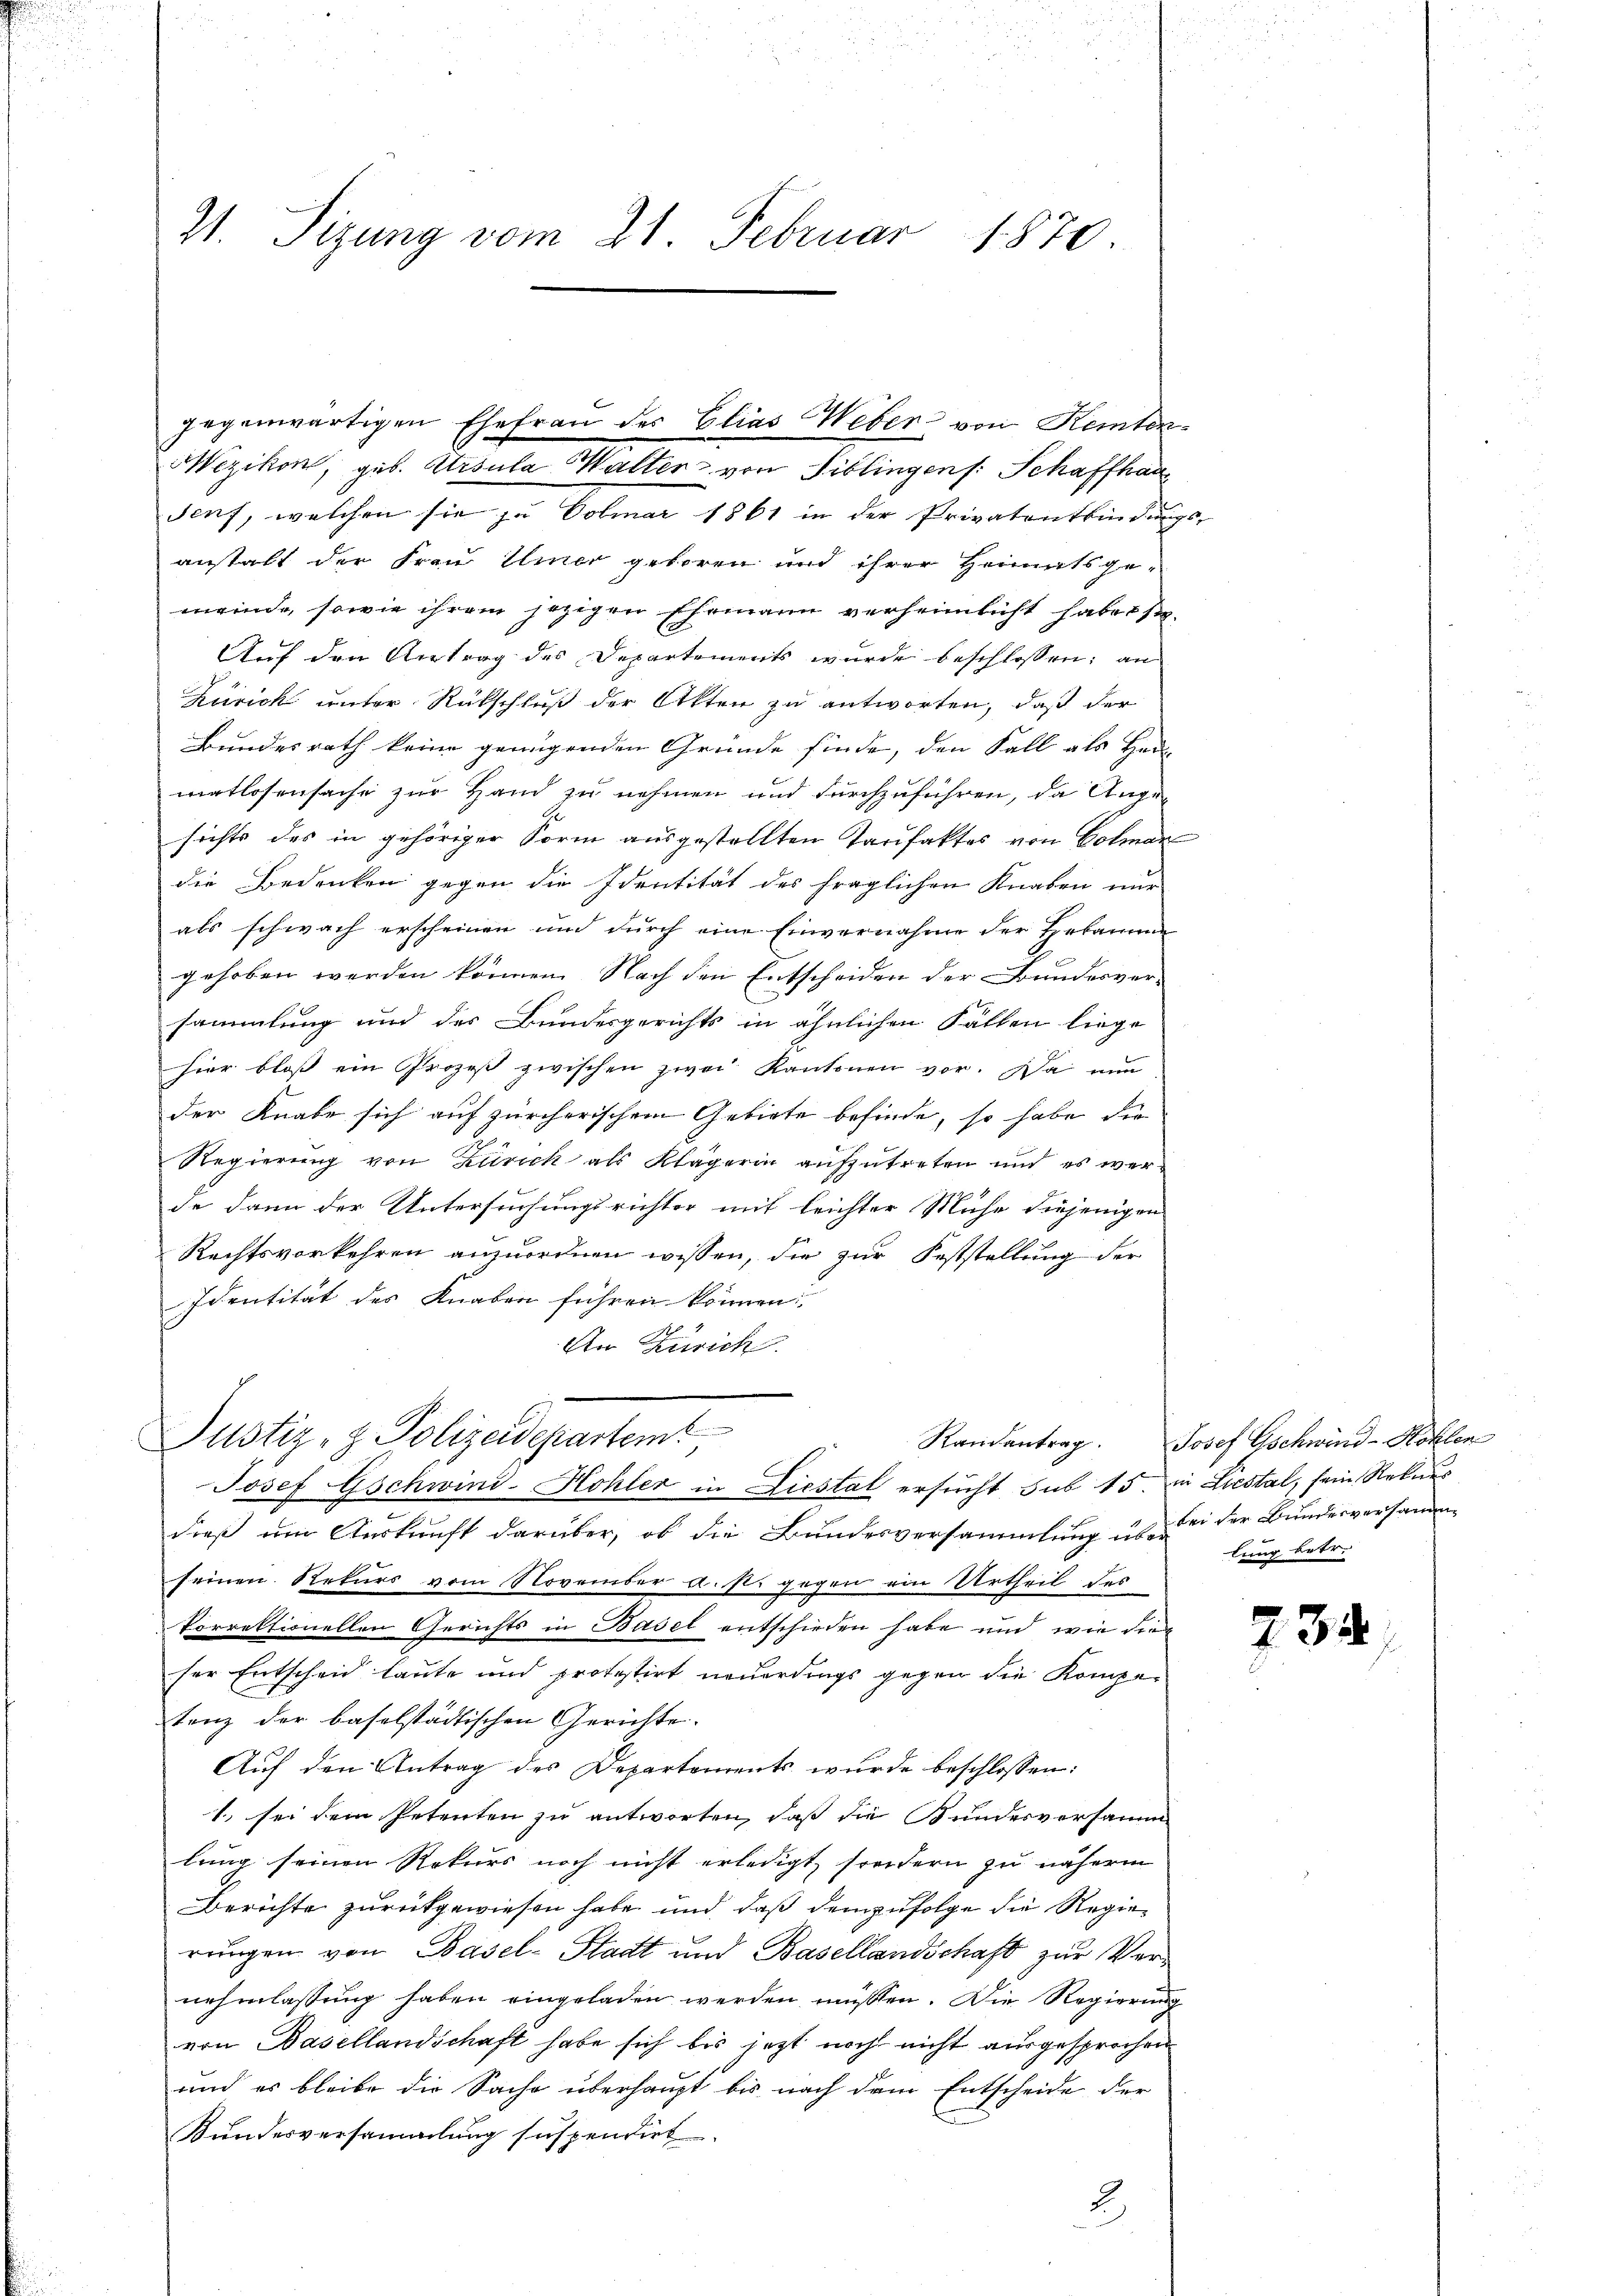
Z. Sizung vom 21. Februar 1870.

sorf, welchen sie zu Volmar 1861 in der Privatontbindunge
anstalt der Frau einer geboren und ihrer Heimtsgemeinde, sowie ihrem jezigen Ehemann verheimlicht habe s
Auf den Antrag des Departements wurde beschlossen; an
Zürick unter Rückschluß der Akten zu antworten, daß der
Bundesrath keine genügenden Gründe finde, den Fall als Herr
matlosensache zur Hand zu nehmen und durchzuführen, da Angesichts des in gehöriger Form ausgestellten Taufaktes von Colman
die Bedenken gegen die Identität des fraglichen Knaben nur
als schwach erscheinen und durch eine Einvernahme der Hebamme
gehoben werden können. Nach den Entscheiden der Bundesver-
sammlung und des Bundesgerichts in ähnlichen Fällen liege
hier bloß ein Prozeß zwischen zwei Kantonen vor. Da nun
der Knabe sich auf zürcherischem Gebiete befinde, so habe die
Regierung von Zürich als Klägerin aufzutreten und es werde dann der Untersuchungsrichter mit leichter Mühe diejenigen
Rechtsvorkehren anzuordnen wissen, die zur Feststellung der
Identität des Knaben führen können.
An Zürich

gegenwärtigen Ehefrau der Elias Weber von Kemter

Wezikon, geb. Ursula Walter von Siblingens. Schaffhau

Justiz- & Polizeidepartem
Randantrag.
Josef Gschwind-Hohler in Liestal ersucht sub 15. in Liestal, sein Rekurs

dieß um Auskunft darüber, ob die Bundesversammlung sei der Bundesversamme
seinen Rekurs vom November A.st. gegen ein Urtheil des
korrektionellen Gerichts in Basel entschieden habe und wie dien
ser Entscheid laute und protestirt neuerdings gegen die Kompetenz der baselstädtischen Gerichte.
Aŭf den Antrag des Departements wurde beschlossen:
1., sei dem Petenten zu antworten, daß die Bundesversamm
lung seinen Rekurs noch nicht erledigt, sondern zu näherm
Berichte zurückgewiesen habe und daß demzufolge die Regierungen von Basel-Stadt und Basellandschaft zur Vernehmlassung haben eingeladen werden müssen. Die Regierung
von Basellandschaft habe sich bis jetzt noch nicht ausgesprochen
und es bleibe die Sache überhaupt bis nach dem Entscheide der
Bundesversammlung suspendirt.
2

Josef Gschwind-Köhlen
lung ertr.

s

234